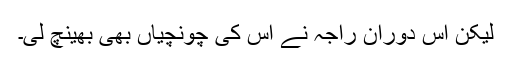
لیکن اس دوران راجہ نے اس کی چونچیاں بھی بھینچ لی۔